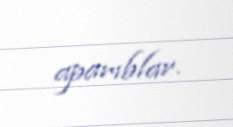
aparıblar.